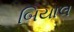
બિયાલ